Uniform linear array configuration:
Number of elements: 32
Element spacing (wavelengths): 0.25
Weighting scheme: binomial
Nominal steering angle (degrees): -45
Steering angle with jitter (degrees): -46.09
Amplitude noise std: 0.05
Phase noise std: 0.05

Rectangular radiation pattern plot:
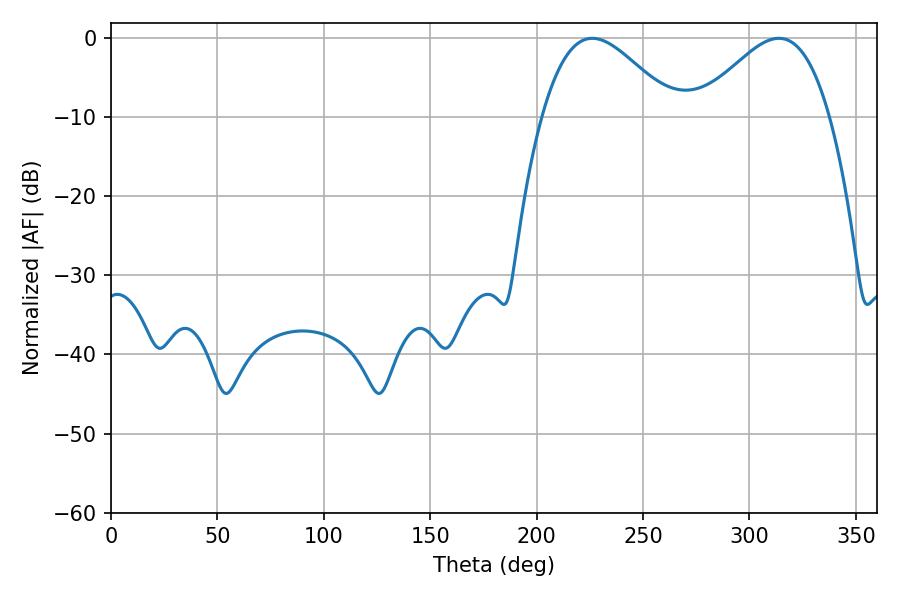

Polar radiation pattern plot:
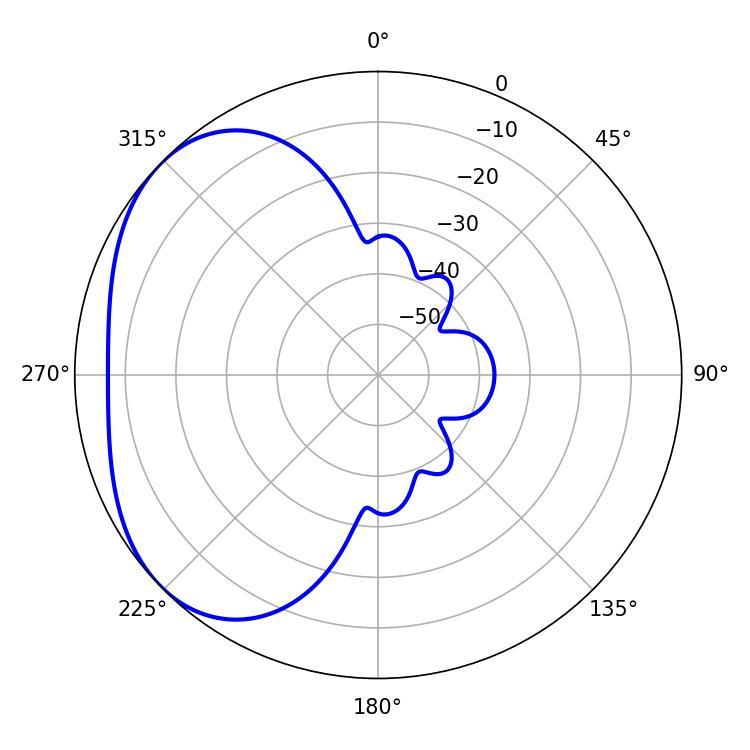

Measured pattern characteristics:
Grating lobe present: FALSE
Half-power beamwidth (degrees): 33.3
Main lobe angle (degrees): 226.08